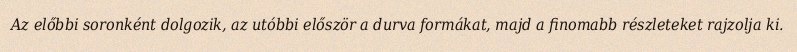
Az előbbi soronként dolgozik, az utóbbi először a durva formákat, majd a finomabb részleteket rajzolja ki.